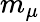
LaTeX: m_{\mu}